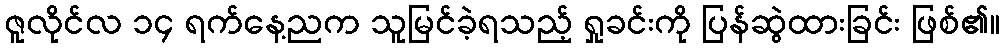
ဇူလိုင်လ ၁၄ ရက်နေ့ညက သူမြင်ခဲ့ရသည့် ရှုခင်းကို ပြန်ဆွဲထားခြင်း ဖြစ်၏။